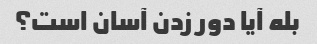
بله آیا دور زدن آسان است؟